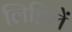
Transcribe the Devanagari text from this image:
लिहिलें